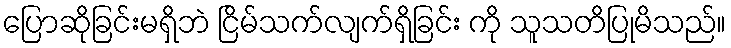
ပြောဆိုခြင်းမရှိဘဲ ငြိမ်သက်လျက်ရှိခြင်း ကို သူသတိပြုမိသည်။